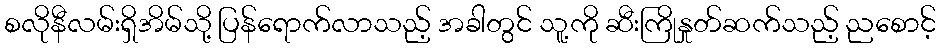
စလိုနီလမ်းရှိအိမ်သို့ ပြန်ရောက်လာသည့် အခါတွင် သူ့ကို ဆီးကြိုနှုတ်ဆက်သည့် ညစောင့်